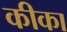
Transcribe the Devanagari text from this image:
कीका